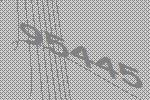
95445